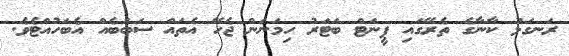
ރަނގަޅު ކާނާގެ ތެރޭގައި ޕީނަޓް ބަޓަރު ހިމަނަން ޖެހޭ އެތައް ސަބަބެއް އެބަހުއްޓެވެ.